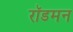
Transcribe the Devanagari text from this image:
रॉडमन